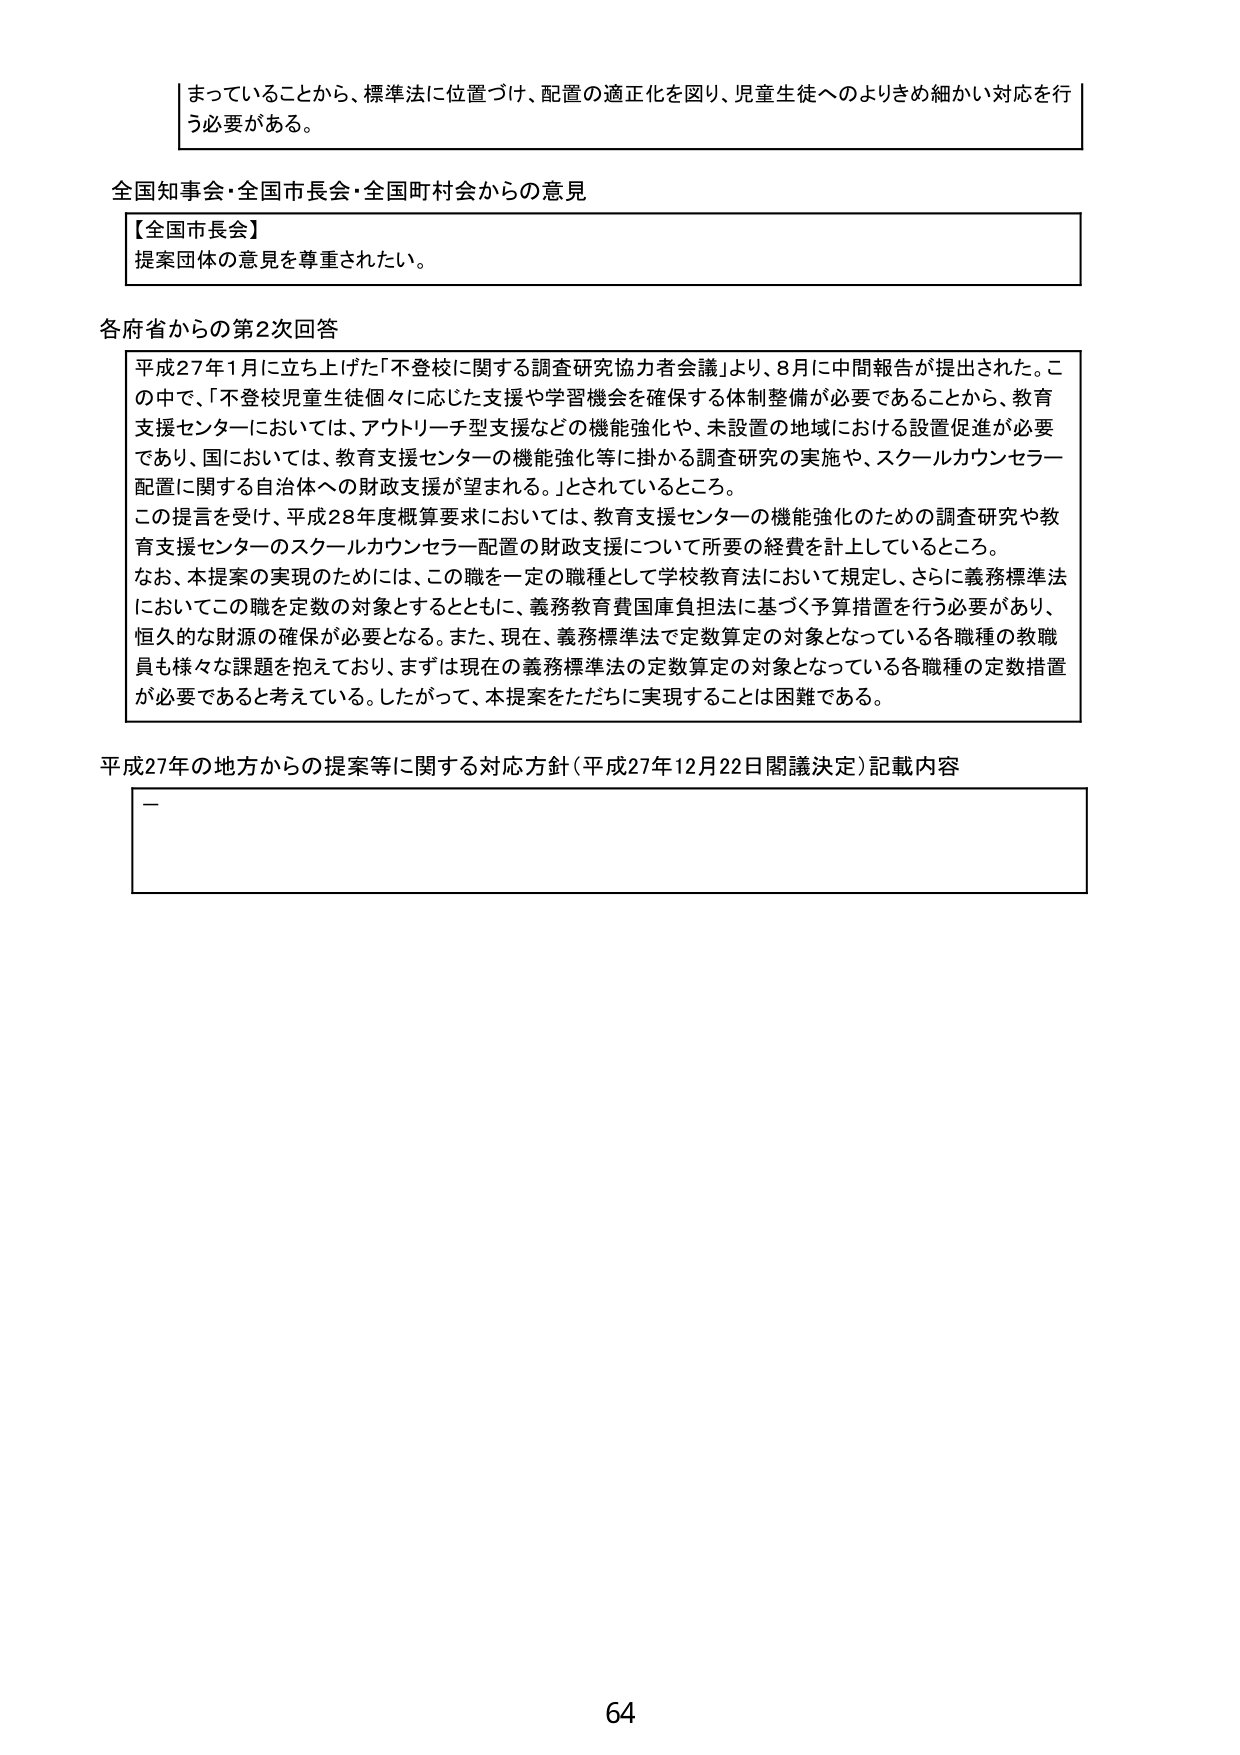
まっていることから、標準法に位置づけ、配置の適正化を図り、児童生徒へのよりきめ細かい対応を行う必要がある。

全国知事会・全国市長会・全国町村会からの意見
【全国市長会】
提案団体の意見を尊重されたい。

各府省からの第2次回答
平成27年1月に立ち上げた「不登校に関する調査研究協力者会議」より、8月に中間報告が提出された。この中で、「不登校児童生徒個々に応じた支援や学習機会を確保する体制整備が必要であることから、教育支援センターにおいては、アウトリーチ型支援などの機能強化や、未設置の地域における設置促進が必要であり、国においては、教育支援センターの機能強化等に掛かる調査研究の実施や、スクールカウンセラー配置に関する自治体への財政支援が望まれる。」とされているところ。
この提言を受け、平成28年度概算要求においては、教育支援センターの機能強化のための調査研究や教育支援センターのスクールカウンセラー配置の財政支援について所要の経費を計上しているところ。
なお、本提案の実現のためには、この職を一定の職種として学校教育法において規定し、さらに義務標準法においてこの職を定数の対象とするとともに、義務教育費国庫負担法に基づく予算措置を行う必要があり、恒久的な財源の確保が必要となる。また、現在、義務標準法で定数算定の対象となっている各職種の教職員も様々な課題を抱えており、まずは現在の義務標準法の定数算定の対象となっている各職種の定数措置が必要であると考えている。したがって、本提案をただちに実現することは困難である。

平成27年の地方からの提案等に関する対応方針（平成27年12月22日閣議決定）記載内容
—

64